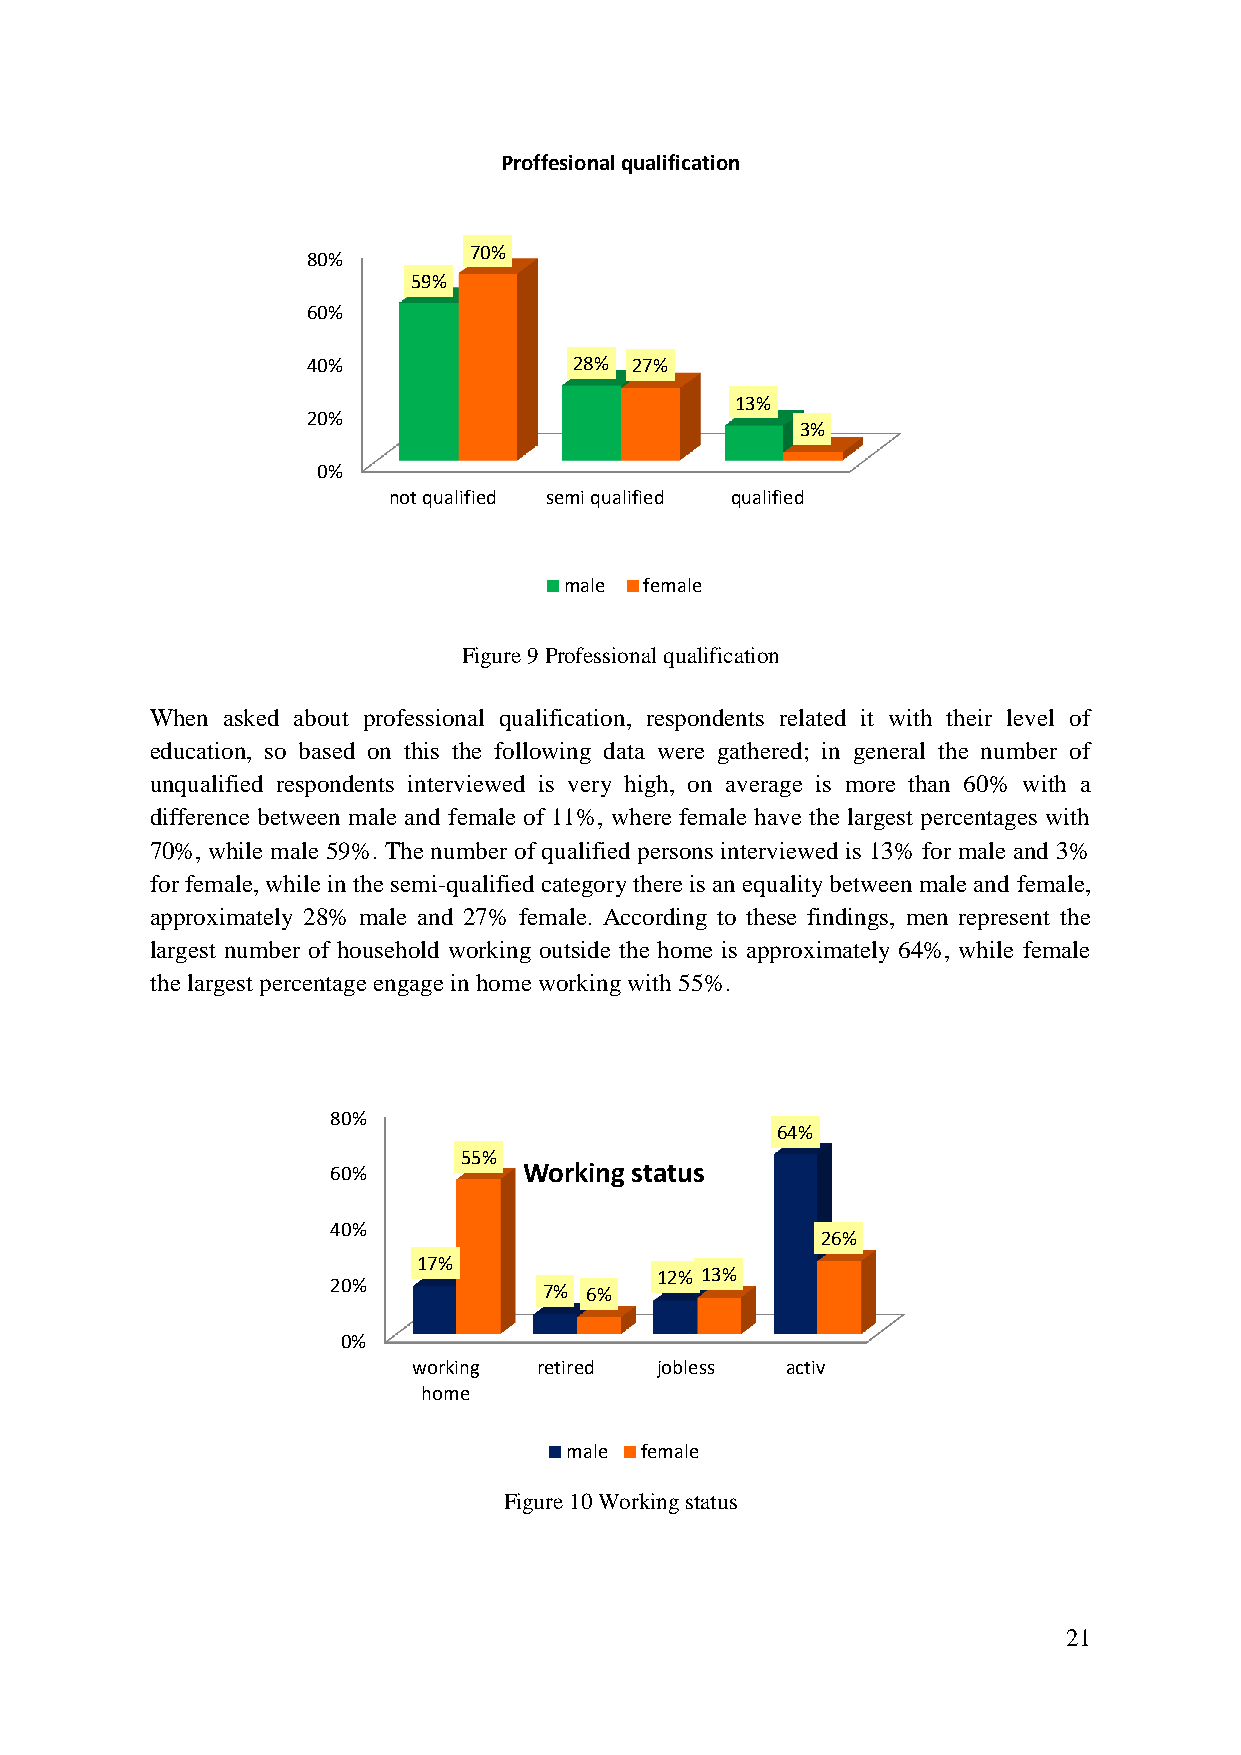
Proffesional qualification
 70%
 80%
 59%
 60%
 40%               28% 27%
 13%
 20%
 3%
 0%
 not qualified semi qualified qualified
 male  female
 Figure 9 Professional qualification
 When asked about professional qualification, respondents related it with their level of
 education, so based on this the following data were gathered; in general the number of
 unqualified respondents interviewed is very high, on average is more than 60% with a
 difference between male and female of 11%, where female have the largest percentages with
 70%, while male 59%. The number of qualified persons interviewed is 13% for male and 3%
 for female, while in the semi-qualified category there is an equality between male and female,
 approximately 28% male and 27% female. According to these findings, men represent the
 largest number of household working outside the home is approximately 64%, while female
 the largest percentage engage in home working with 55%.
 80%
 64%
 55%
 60%          Working status
 40%
 26%
 17%
 12% 13%
 20%           7% 6%
 0%
 working  retired jobless activ
 home
 male female
 Figure 10 Working status
 21